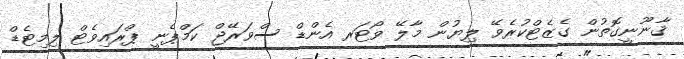
ޤާނޫނީގޮތުން ގެޒެޓްކުރެވޭ ލިޔުން މާލޭ ވޯޓަރ އެންޑް ސްވަރޭޖް ކަމްޕެނީ ޕްރައިވެޓް ލިމިޓެޑް